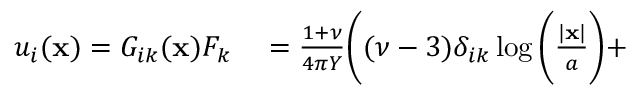
\begin{array} { r l } { u _ { i } ( { \bf x } ) = G _ { i k } ( \mathbf { x } ) F _ { k } } & { { } = \frac { 1 + \nu } { 4 \pi Y } \bigg ( ( \nu - 3 ) \delta _ { i k } \log \bigg ( \frac { | \mathbf { x } | } { a } \bigg ) + } \end{array}